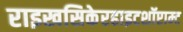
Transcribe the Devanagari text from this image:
राइखसिकेरहाइटशॉप्टाम्ट